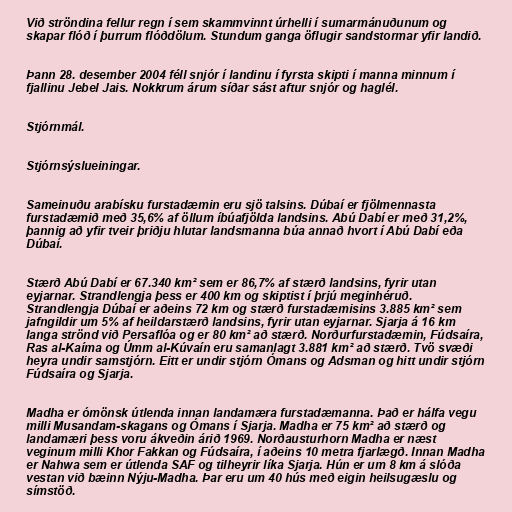
Við ströndina fellur regn í sem skammvinnt úrhelli í sumarmánuðunum og
skapar flóð í þurrum flóðdölum. Stundum ganga öflugir sandstormar yfir landið.

Þann 28. desember 2004 féll snjór í landinu í fyrsta skipti í manna minnum í
fjallinu Jebel Jais. Nokkrum árum síðar sást aftur snjór og haglél.

Stjórnmál.

Stjórnsýslueiningar.

Sameinuðu arabísku furstadæmin eru sjö talsins. Dúbaí er fjölmennasta
furstadæmið með 35,6% af öllum íbúafjölda landsins. Abú Dabí er með 31,2%,
þannig að yfir tveir þriðju hlutar landsmanna búa annað hvort í Abú Dabí eða
Dúbaí.

Stærð Abú Dabí er 67.340 km² sem er 86,7% af stærð landsins, fyrir utan
eyjarnar. Strandlengja þess er 400 km og skiptist í þrjú meginhéruð.
Strandlengja Dúbaí er aðeins 72 km og stærð furstadæmisins 3.885 km² sem
jafngildir um 5% af heildarstærð landsins, fyrir utan eyjarnar. Sjarja á 16 km
langa strönd við Persaflóa og er 80 km² að stærð. Norðurfurstadæmin, Fúdsaíra,
Ras al-Kaíma og Úmm al-Kúvaín eru samanlagt 3.881 km² að stærð. Tvö svæði
heyra undir samstjórn. Eitt er undir stjórn Ómans og Adsman og hitt undir stjórn
Fúdsaíra og Sjarja.

Madha er ómönsk útlenda innan landamæra furstadæmanna. Það er hálfa vegu
milli Musandam-skagans og Ómans í Sjarja. Madha er 75 km² að stærð og
landamæri þess voru ákveðin árið 1969. Norðausturhorn Madha er næst
veginum milli Khor Fakkan og Fúdsaíra, í aðeins 10 metra fjarlægð. Innan Madha
er Nahwa sem er útlenda SAF og tilheyrir líka Sjarja. Hún er um 8 km á slóða
vestan við bæinn Nýju-Madha. Þar eru um 40 hús með eigin heilsugæslu og
símstöð.